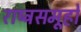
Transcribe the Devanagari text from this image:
राष्ट्रसमूहों